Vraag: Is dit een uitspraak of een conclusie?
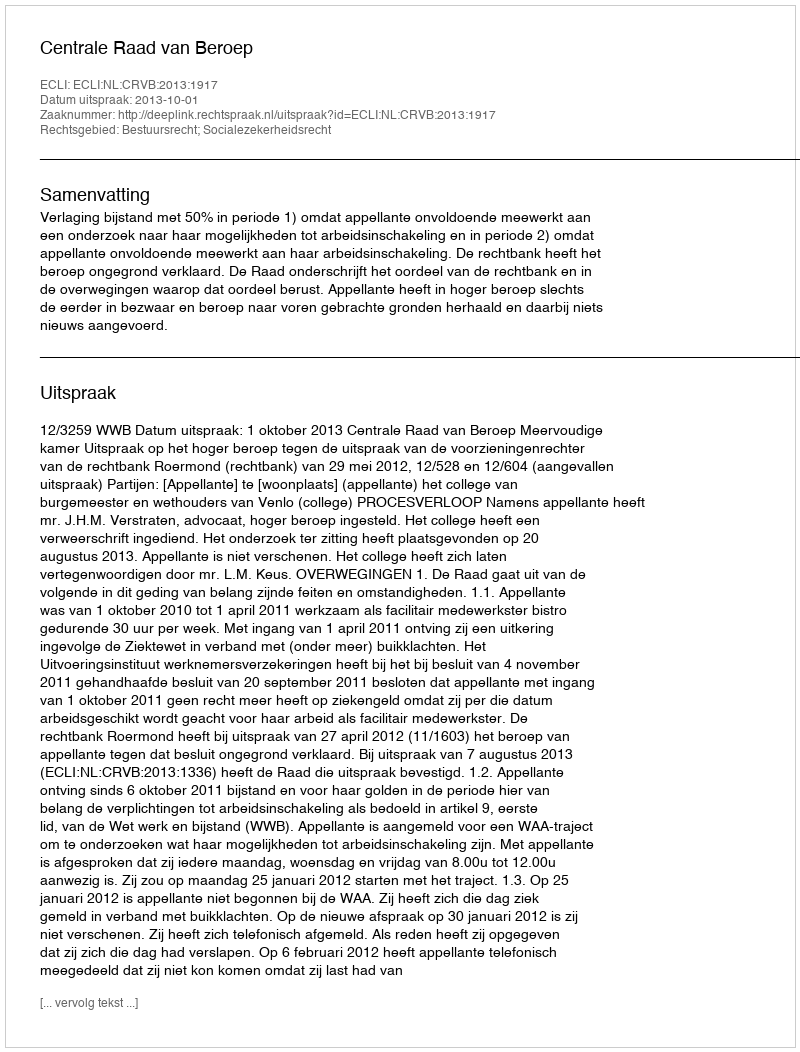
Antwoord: Uitspraak